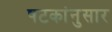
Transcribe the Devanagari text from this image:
षटकांनुसार